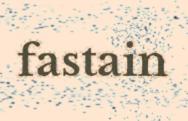
fastain